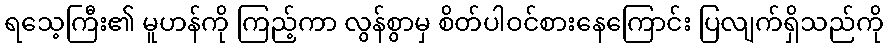
ရသေ့ကြီး၏ မူဟန်ကို ကြည့်ကာ လွန်စွာမှ စိတ်ပါဝင်စားနေကြောင်း ပြလျက်ရှိသည်ကို